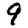
Digit: 9